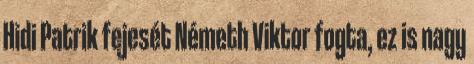
Hidi Patrik fejesét Németh Viktor fogta, ez is nagy